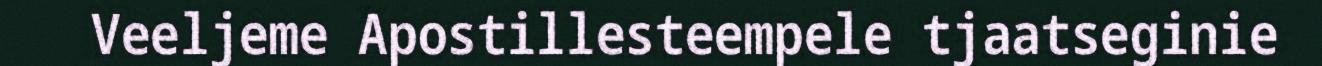
Veeljeme Apostillesteempele tjaatseginie